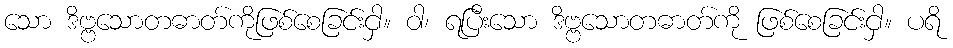
သော ဒိဗ္ဗသောတဓာတ်ကိုဖြစ်စေခြင်းငှါ။ ဝါ၊ ရပြီးသော ဒိဗ္ဗသောတဓာတ်ကို ဖြစ်စေခြင်းငှါ။ ပရိ